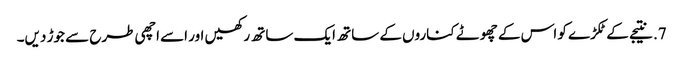
7. نتیجے کے ٹکڑے کو اس کے چھوٹے کناروں کے ساتھ ایک ساتھ رکھیں اور اسے اچھی طرح سے جوڑ دیں۔